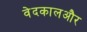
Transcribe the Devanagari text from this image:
वेदकालऔर